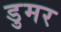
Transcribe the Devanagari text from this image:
डुमर